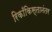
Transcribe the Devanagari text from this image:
रिकाँकिस्तानंतर